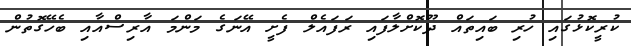
ކުރީކޮޅުގައި ހުރި ބައިތައް ދޫކޮށްލާފައި ރަފައެލް ފެށީ އޭނަގެ މަންމަ އާރިސްއާއި ބެހޭގޮތުން